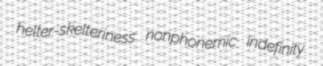
helter-skelteriness nonphonemic indefinity